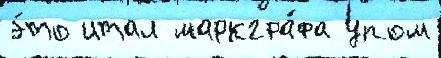
э́то итал маркгра́фа упом